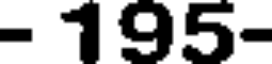
- 195-